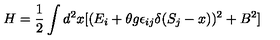
H = \frac { 1 } { 2 } \int d ^ { 2 } x [ ( E _ { i } + \theta g \epsilon _ { i j } \delta ( S _ { j } - x ) ) ^ { 2 } + B ^ { 2 } ]